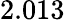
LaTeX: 2.013